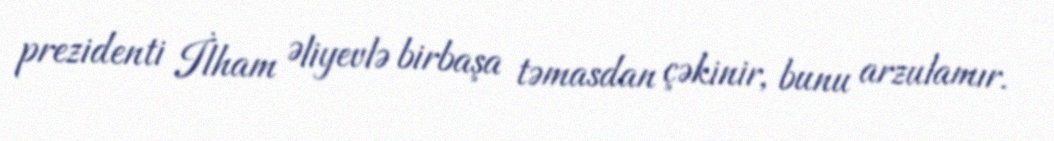
prezidenti İlham Əliyevlə birbaşa təmasdan çəkinir, bunu arzulamır.